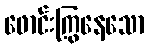
ဖောင်းကြွနေသော